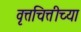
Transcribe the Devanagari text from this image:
वृत्तचित्तीच्या